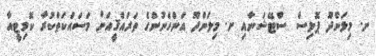
ށ. މިލަންދޫ ޕޮލިސް ސްޓޭޝަނާއި ށ. މިލަންދޫ އަންހެނުންގެ ތަރައްޤީއަށް މަސައްކަތްކުރާ ކޮމިޓީއާ